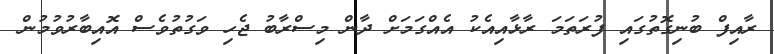
ރާއިފް ބުނިގޮތުގައި ފުރަތަމަ ރާޅާއިއެކު އެއްގަމަށް ދާން މިސްރާބު ޖެހި ވަގުތުވެސް އޮއިބާރުވުމުން